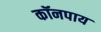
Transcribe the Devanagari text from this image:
कॉनपाय